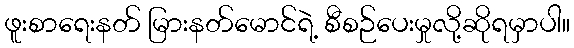
ဖူးစာရေးနတ် မြားနတ်မောင်ရဲ့ စီစဉ်ပေးမှုလို့ဆိုရမှာပါ။